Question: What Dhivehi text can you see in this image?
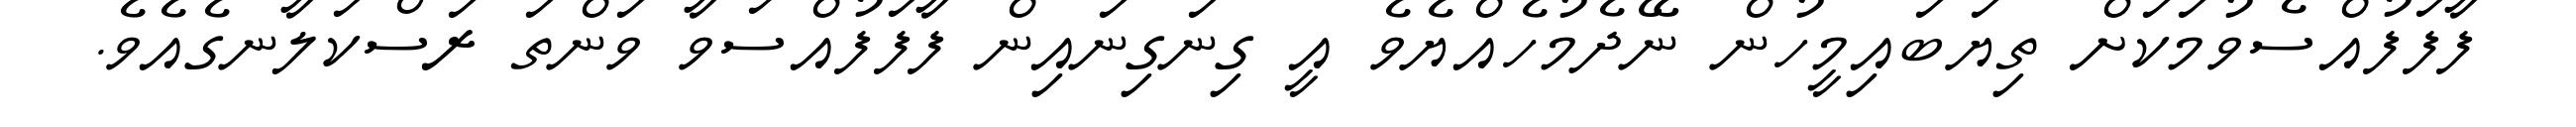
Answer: ފާފަފުއްސެވުމަކަށް ތިޔަބައިމީހުން ނޭދެމުހެއްޔެވެ އީ ގިނަގިނައިން ފާފަފުއްސަވާ ވަންތަ ރަސްކަލާނގެއެވެ.